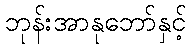
ဘုန်းအာနုဘော်နှင့်